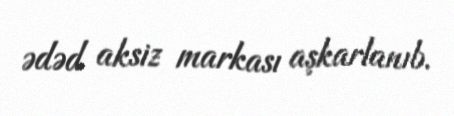
ədəd aksiz markası aşkarlanıb.